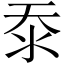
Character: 沗